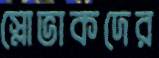
স্লোভাকদের